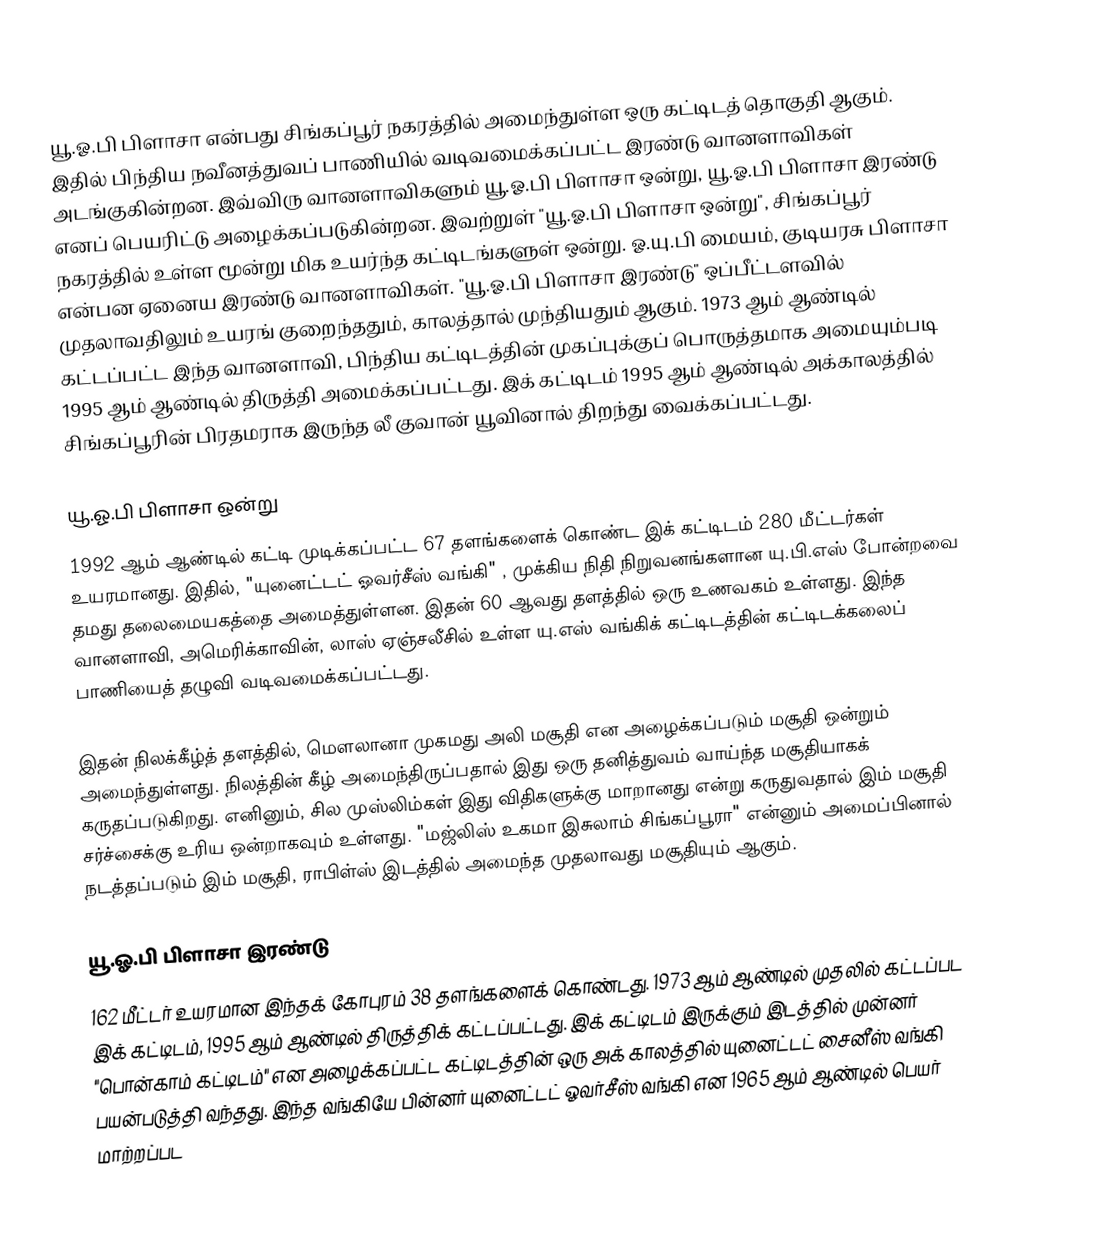
யூ.ஓ.பி பிளாசா என்பது சிங்கப்பூர் நகரத்தில் அமைந்துள்ள ஒரு கட்டிடத் தொகுதி ஆகும். இதில் பிந்திய நவீனத்துவப் பாணியில் வடிவமைக்கப்பட்ட இரண்டு வானளாவிகள் அடங்குகின்றன. இவ்விரு வானளாவிகளும் யூ.ஓ.பி பிளாசா ஒன்று, யூ.ஓ.பி பிளாசா இரண்டு எனப் பெயரிட்டு அழைக்கப்படுகின்றன. இவற்றுள் "யூ.ஓ.பி பிளாசா ஒன்று", சிங்கப்பூர் நகரத்தில் உள்ள மூன்று மிக உயர்ந்த கட்டிடங்களுள் ஒன்று. ஓ.யு.பி மையம், குடியரசு பிளாசா என்பன ஏனைய இரண்டு வானளாவிகள். "யூ.ஓ.பி பிளாசா இரண்டு" ஒப்பீட்டளவில் முதலாவதிலும் உயரங் குறைந்ததும், காலத்தால் முந்தியதும் ஆகும். 1973 ஆம் ஆண்டில் கட்டப்பட்ட இந்த வானளாவி, பிந்திய கட்டிடத்தின் முகப்புக்குப் பொருத்தமாக அமையும்படி 1995 ஆம் ஆண்டில் திருத்தி அமைக்கப்பட்டது. இக் கட்டிடம் 1995 ஆம் ஆண்டில் அக்காலத்தில் சிங்கப்பூரின் பிரதமராக இருந்த லீ குவான் யூவினால் திறந்து வைக்கப்பட்டது.

யூ.ஓ.பி பிளாசா ஒன்று
1992 ஆம் ஆண்டில் கட்டி முடிக்கப்பட்ட 67 தளங்களைக் கொண்ட இக் கட்டிடம் 280 மீட்டர்கள் உயரமானது. இதில், "யுனைட்டட் ஓவர்சீஸ் வங்கி" , முக்கிய நிதி நிறுவனங்களான யு.பி.எஸ் போன்றவை தமது தலைமையகத்தை அமைத்துள்ளன. இதன் 60 ஆவது தளத்தில் ஒரு உணவகம் உள்ளது. இந்த வானளாவி, அமெரிக்காவின், லாஸ் ஏஞ்சலீசில் உள்ள யு.எஸ் வங்கிக் கட்டிடத்தின் கட்டிடக்கலைப் பாணியைத் தழுவி வடிவமைக்கப்பட்டது.

இதன் நிலக்கீழ்த் தளத்தில், மௌலானா முகமது அலி மசூதி என அழைக்கப்படும் மசூதி ஒன்றும் அமைந்துள்ளது. நிலத்தின் கீழ் அமைந்திருப்பதால் இது ஒரு தனித்துவம் வாய்ந்த மசூதியாகக் கருதப்படுகிறது. எனினும், சில முஸ்லிம்கள் இது விதிகளுக்கு மாறானது என்று கருதுவதால் இம் மசூதி சர்ச்சைக்கு உரிய ஒன்றாகவும் உள்ளது. "மஜ்லிஸ் உகமா இசுலாம் சிங்கப்பூரா" என்னும் அமைப்பினால் நடத்தப்படும் இம் மசூதி, ராபிள்ஸ் இடத்தில் அமைந்த முதலாவது மசூதியும் ஆகும்.

யூ.ஓ.பி பிளாசா இரண்டு
162 மீட்டர் உயரமான இந்தக் கோபுரம் 38 தளங்களைக் கொண்டது. 1973 ஆம் ஆண்டில் முதலில் கட்டப்பட இக் கட்டிடம், 1995 ஆம் ஆண்டில் திருத்திக் கட்டப்பட்டது. இக் கட்டிடம் இருக்கும் இடத்தில் முன்னர் "பொன்காம் கட்டிடம்" என அழைக்கப்பட்ட கட்டிடத்தின் ஒரு அக் காலத்தில் யுனைட்டட் சைனீஸ் வங்கி பயன்படுத்தி வந்தது. இந்த வங்கியே பின்னர் யுனைட்டட் ஓவர்சீஸ் வங்கி என 1965 ஆம் ஆண்டில் பெயர் மாற்றப்பட